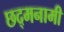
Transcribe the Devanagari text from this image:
छद्मनामी